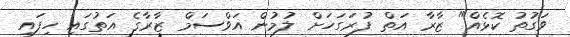
ވަގުތު ކޮޅެއް" ޒާރާ އަތް ފުރަގަހަށް ލުމުން އަވްސަމް ޒާރާގެ އަތުގައި ހިފައި